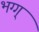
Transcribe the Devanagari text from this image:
भग्ग्